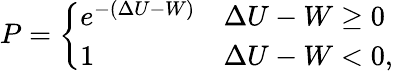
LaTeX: P=\left\{ \begin{array}{ll}{e^{-(\Delta U-W)}}&{\Delta U-W\ge 0}\\ {1}&{\Delta U-W<0,}\end{array}\right.